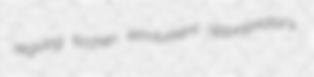
regiving ticchen emolument appropriator's